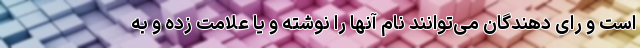
است و رای دهندگان می‌توانند نام آنها را نوشته و یا علامت زده و به